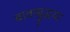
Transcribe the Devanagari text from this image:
बावाबुद्धया